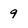
Character: 9